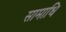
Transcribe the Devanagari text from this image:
सामाधि